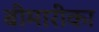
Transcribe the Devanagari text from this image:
बीमारीका